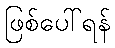
ဖြစ်ပေါ်ရန်